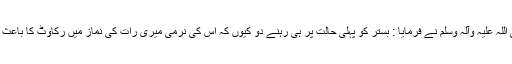
آپ صلی اللہ علیہ وآلہ وسلم نے فرمایا : بستر کو پہلی حالت پر ہی رہنے دو کیوں کہ اِس کی نرمی میری رات کی نماز میں رکاوٹ کا باعث بنی ہے۔